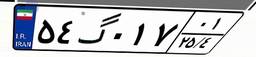
۵۴گ۰۱۷۰۱